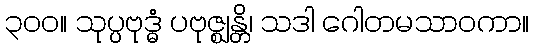
၃၀၀။ သုပ္ပဗုဒ္ဓံ ပဗုဇ္ဈန္တိ၊ သဒါ ဂေါတမသာဝကာ။